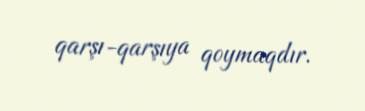
qarşı-qarşıya qoymaqdır.